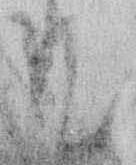
て